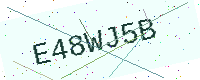
Text: E48WJ5B